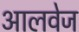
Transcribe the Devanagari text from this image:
आलवेज